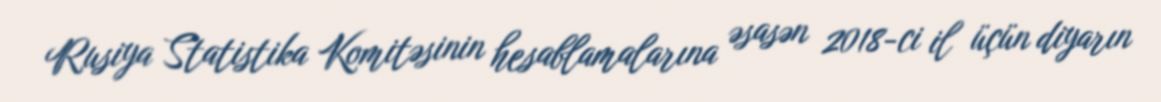
Rusiya Statistika Komitəsinin hesablamalarına əsasən 2018-ci il üçün diyarın